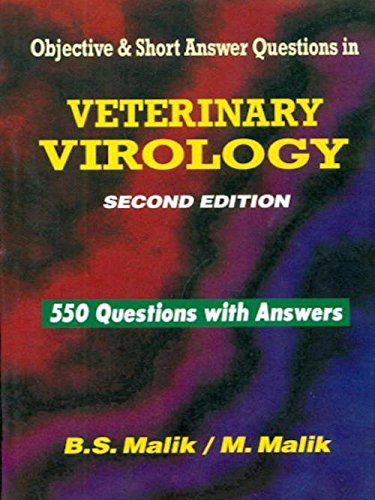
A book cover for Objective & Short Answer Questions in Veterinary Virology; B.S.Malik / M.Malik; Medical Books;